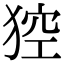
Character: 𤟄